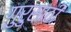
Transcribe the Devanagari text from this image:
गुरुसाठी